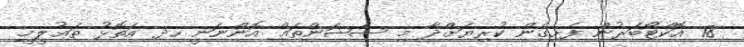
18 އޮކްޓޯބަރުން ފެށިގެން ކުރިޔަށްދާ މި ސެޝަންތައް އޮންނަނީ ހދ އަތޮޅު ތަޢުލީމީ